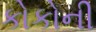
કોકોની